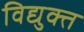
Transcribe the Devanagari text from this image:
विद्युक्त